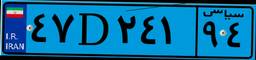
۴۷D۲۴۱۹۴